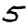
Digit: 5